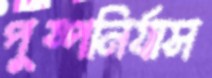
পুষ্পনির্যাস